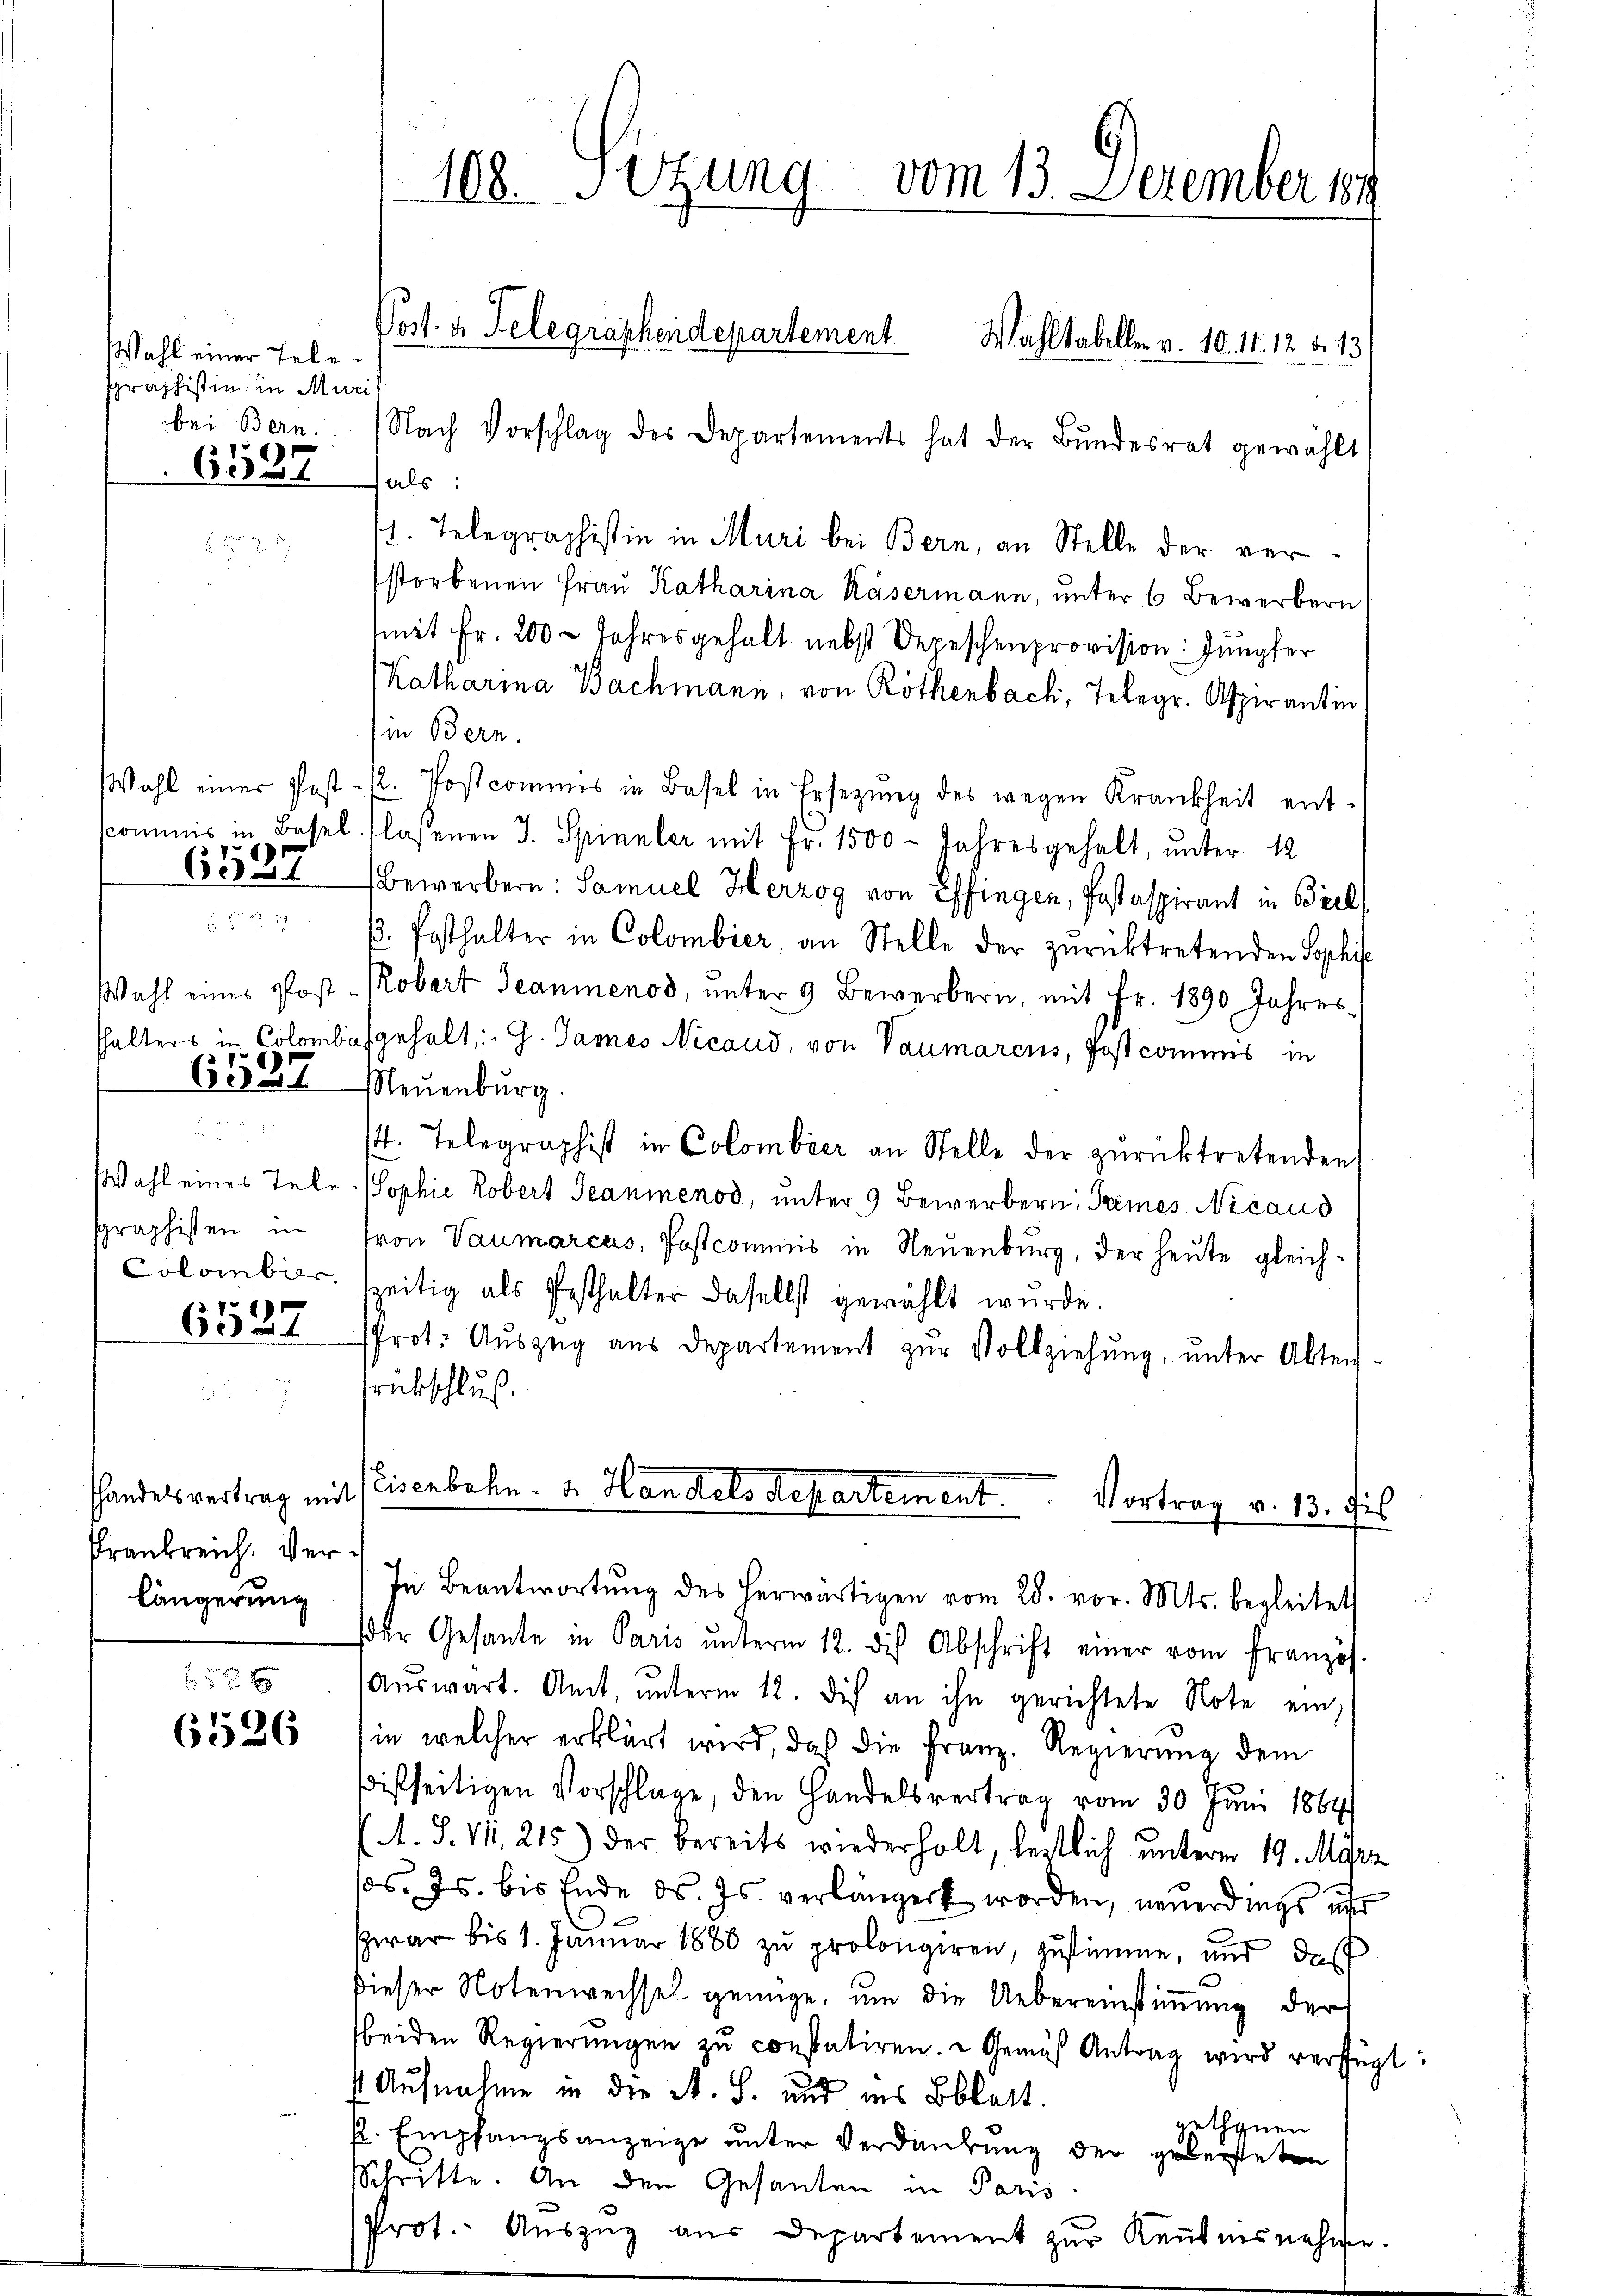
Wahl einer Telesraphistin in Muri
bei Bern.

6537

Wahl einer Post.
65587

hhalters in Colombi
e

Wahl eines Tele
sgraphisten in
Colombier

6537

shandelsvertrag mit
Frankreich, Verlängerung

622 x
6526

108. Setzung vom 13. Dezember 189
Post. a Telegraphendepartement Wahltabellen v. 10. 11. 12. d. 13.

Nach Vorschlag des Departements hat der Bŭndesrat gewählt
fals:
1. Telegraphistin in Muri bei Bern, an Stelle der verstorbenen Frau Katharina Kasermann, unter 6 Bewerbern
mit Fr. 200 - Jahresgehalt nebst Depeschenprovision: Jungfer
Katharina Bachmann, von Röthenbach, Telegr. Aspirantin
in Bern.
/2. Postcommis in Basel in Ersetzŭng des wegen Krankheit ent-
Commis in Basel. lassenen J. Spinnler mit Fr. 1500 - Jahresgehalt, unter 12
Bewerbern: Samuel Herzog von Effingen, Postaspirant in Biel
p. Posthalter in Colombier, an Stelle der zurücktretenden Sophis
Wahl eines Post-Kobert Jeanmenod, unter 9 Bewerbern, mit Fr. 1890 Jahres-
gehalt: " G. James Nicaud, von Vaumarcus, Post commis in
Neuenburg.
st. Telegraphist in Colombier an Stelle der zurücktretenden
Sophie Robert Jeanmenod, unter 9 Bewerbern, Trimes. Nicand
von Vaumarcas, Postcommis in Neuenburg, der heute gleich-
zeitig als Pesthalter daselbst gewählt wurde.
Prot. Aŭszŭg aŭs departement zŭr Vollziehŭng ŭnter Alten.
rückschluß
Eisenbahn. v. Handels Repartement
Vortrag v. 13. Fis
In Beantwortŭng des herwärtigen vom 28. vor. Mts. begleitet
der Gesante in Paris ŭnterm 12. die Abschrift einer vom Französ
Aŭswart. Amt, ŭnterm 12. Dich an ihn gerichtete Note ein,
in welcher erklärt wird, daß die Franz. Regierŭng dem
ißseitigen Vorschlage, den Handelsvertrag vom 30 Juni 1864
A. S. VI, 215) der bereits wiederholt, leitlich unterm 19. März
pos. Js. bis Ende d. Js. verlängert worden, neuerdings und
zwar bis 1. Januar 1880 zu prolongiren, zustimme, und das
dieser Notenweissel genüge, um die Uebereinstimmung der
beiden Regierŭngen zu constatiren. - Gemäß Antrag wird verfügt
s Aufnahme in die A. S. und ins Oblatt.
gethanen
fl. Empfangsanzeige unter Verdankung der geleisteten
SSchritte. An den Gesanten in Paris
Prot. Aŭszŭg aŭs Departement zur Keṅtnisnehme

¬